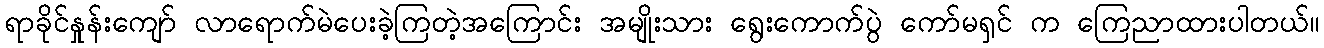
ရာခိုင်နှုန်းကျော် လာရောက်မဲပေးခဲ့ကြတဲ့အကြောင်း အမျိုးသား ရွေးကောက်ပွဲ ကော်မရှင် က ကြေညာထားပါတယ်။